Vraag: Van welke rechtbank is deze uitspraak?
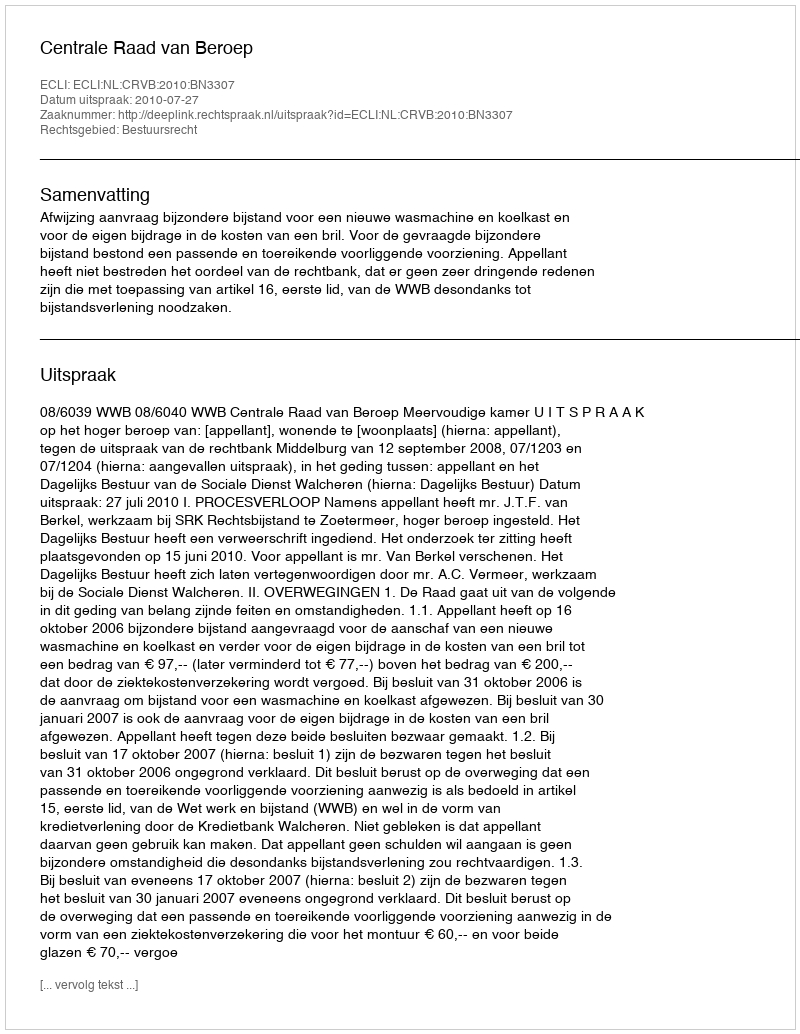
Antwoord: Centrale Raad van Beroep